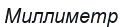
Миллиметр